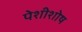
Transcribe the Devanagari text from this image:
पेशीशोष